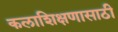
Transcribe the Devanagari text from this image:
कलाशिक्षणासाठी